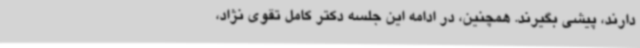
دارند، پیشی بگیرند. همچنین، در ادامه این جلسه دکتر کامل تقوی نژاد،